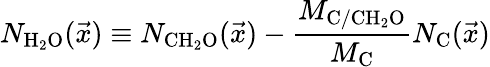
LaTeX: N_{\mathrm{H_{2}O}}(\vec{x})\equiv N_{\mathrm{CH_{2}O}}(\vec{x})-\frac{M_{\mathrm{C/CH_{2}O}}}{M_{\mathrm{C}}}N_{\mathrm{C}}(\vec{x})